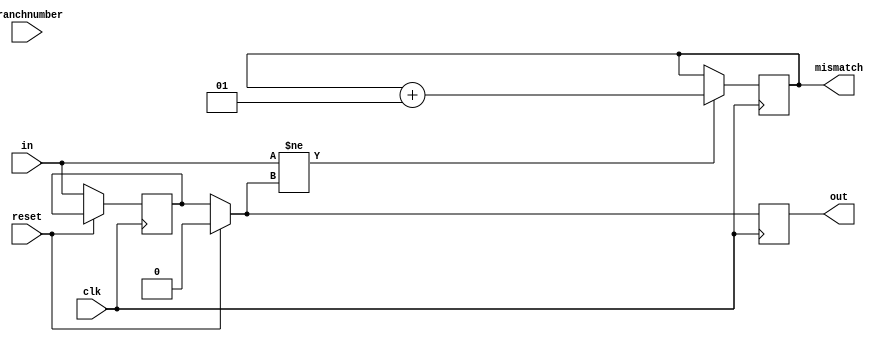
module onebit(
mismatch,
out,
in,
branchnumber,
reset,
clk,
);
//----------Output Ports--------------
output reg out;
output integer mismatch = 0;
//------------Input Ports-------------- 
input clk;
input reset;
input in;
input branchnumber;
//-------------Intermediate--------------
reg previousinput = 0;
//-------------Code Starts Here-------
always @(posedge clk)
begin
	if (reset == 1)
		out = 0;
	else begin
		out = previousinput ;
		previousinput = in;
	end
	
	if (in != out)
		mismatch = mismatch+1;
end

endmodule